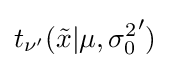
t_{\nu '}({\tilde {x}}|\mu ,{\sigma _{0}^{2}}')